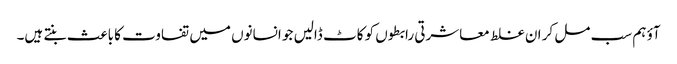
آؤ ہم سب مل کر ان غلط معاشرتی رابطوں کو کاٹ ڈالیں جو انسانوں میں تفاوت کا باعث بنتے ہیں۔